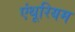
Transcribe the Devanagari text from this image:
एंथूरियम